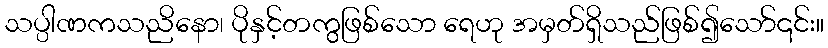
သပ္ပါဏကသညိနော၊ ပိုနှင့်တကွဖြစ်သော ရေဟု အမှတ်ရှိသည်ဖြစ်၍သော်၎င်း။